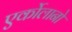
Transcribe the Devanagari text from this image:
एर्कोलानो